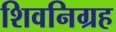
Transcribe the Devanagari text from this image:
शिवनिग्रह